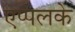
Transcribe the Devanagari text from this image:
एप्पलके